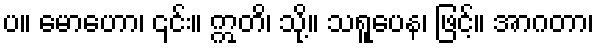
ပ။ မောဟော၊ ၎င်း။ ဣတိ၊ သို့။ သရူပေန၊ ဖြင့်။ အာဂတာ၊